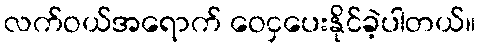
လက်ဝယ်အရောက် ဝေငှပေးနိုင်ခဲ့ပါတယ်။